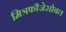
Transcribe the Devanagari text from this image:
मित्रफौजेसोबत